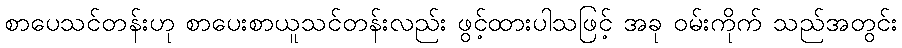
စာပေသင်တန်းဟု စာပေးစာယူသင်တန်းလည်း ဖွင့်ထားပါသဖြင့် အခု ဝမ်းကိုက် သည်အတွင်း